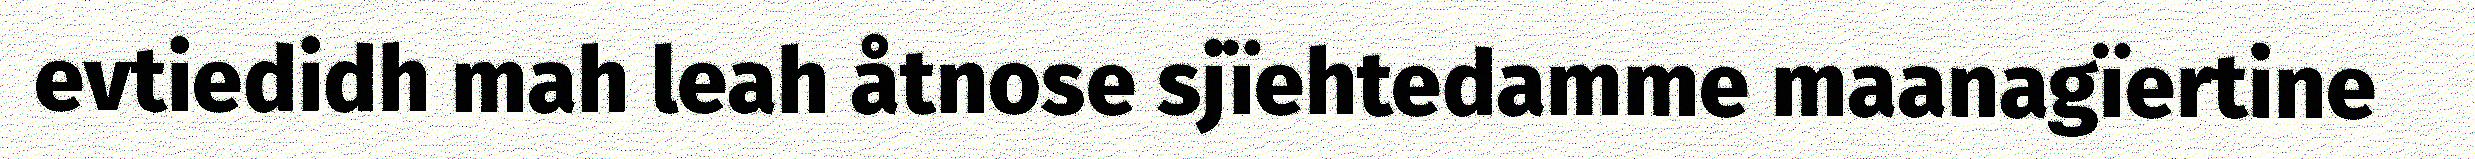
evtiedidh mah leah åtnose sjïehtedamme maanagïertine